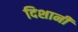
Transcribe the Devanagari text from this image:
दिशानी